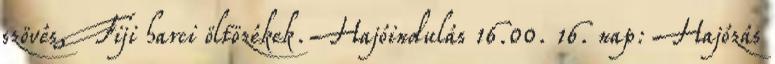
szövés, Fiji harci öltözékek. Hajóindulás 16.00. 16. nap: Hajózás